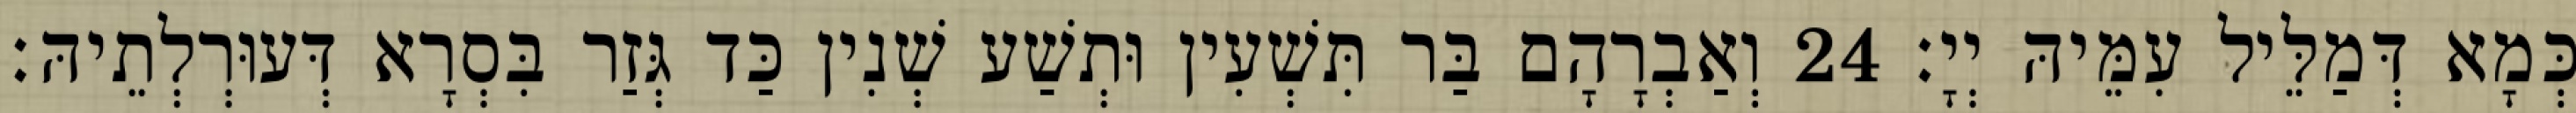
כְּמָא דְּמַלֵּיל עִמֵּיהּ יְיָ׃ 24 וְאַבְרָהָם בַּר תִּשְׁעִין וּתְשַׁע שְׁנִין כַּד גְּזַר בִּסְרָא דְּעוּרְלְתֵיהּ׃